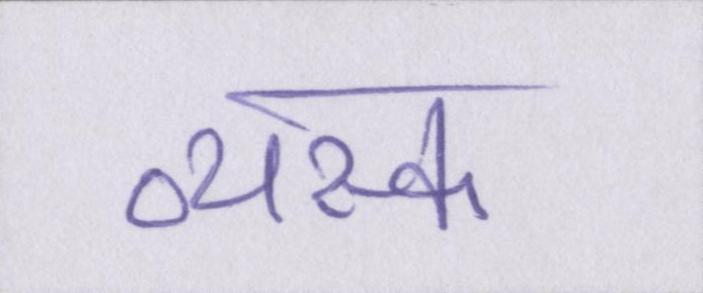
व्यस्क